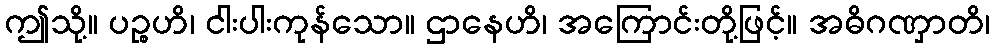
ဤသို့။ ပဉ္စဟိ၊ ငါးပါးကုန်သော။ ဌာနေဟိ၊ အကြောင်းတို့ဖြင့်။ အဓိဂဏှာတိ၊